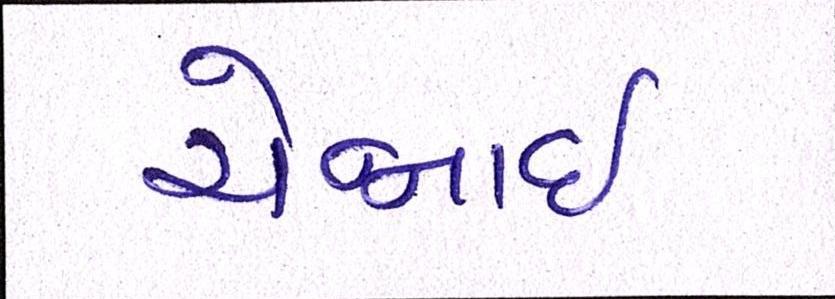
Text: ચેન્નાઇ